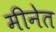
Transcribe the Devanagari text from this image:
मीनेत